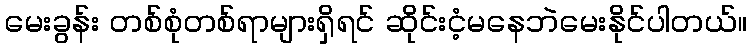
မေးခွန်း တစ်စုံတစ်ရာများရှိရင် ဆိုင်းငံ့မနေဘဲမေးနိုင်ပါတယ်။